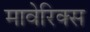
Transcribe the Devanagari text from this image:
मावेरिक्स